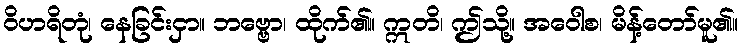
ဝိဟရိတုံ၊ နေခြင်းငှာ။ ဘဗ္ဗော၊ ထိုက်၏။ ဣတိ၊ ဤသို့။ အဝေါစ၊ မိန့်တော်မူ၏။